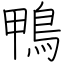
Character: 鴨